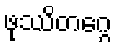
ဖုဿိတဂ္ဂေ